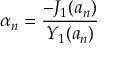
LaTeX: \alpha _ { n } = \frac { - J _ { 1 } ( a _ { n } ) } { Y _ { 1 } ( a _ { n } ) }